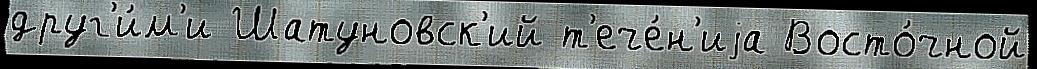
друг'и́м'и Шатуновск'ий т'ече́н'иjа Восто́чной